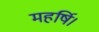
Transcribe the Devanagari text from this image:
महर्षि।